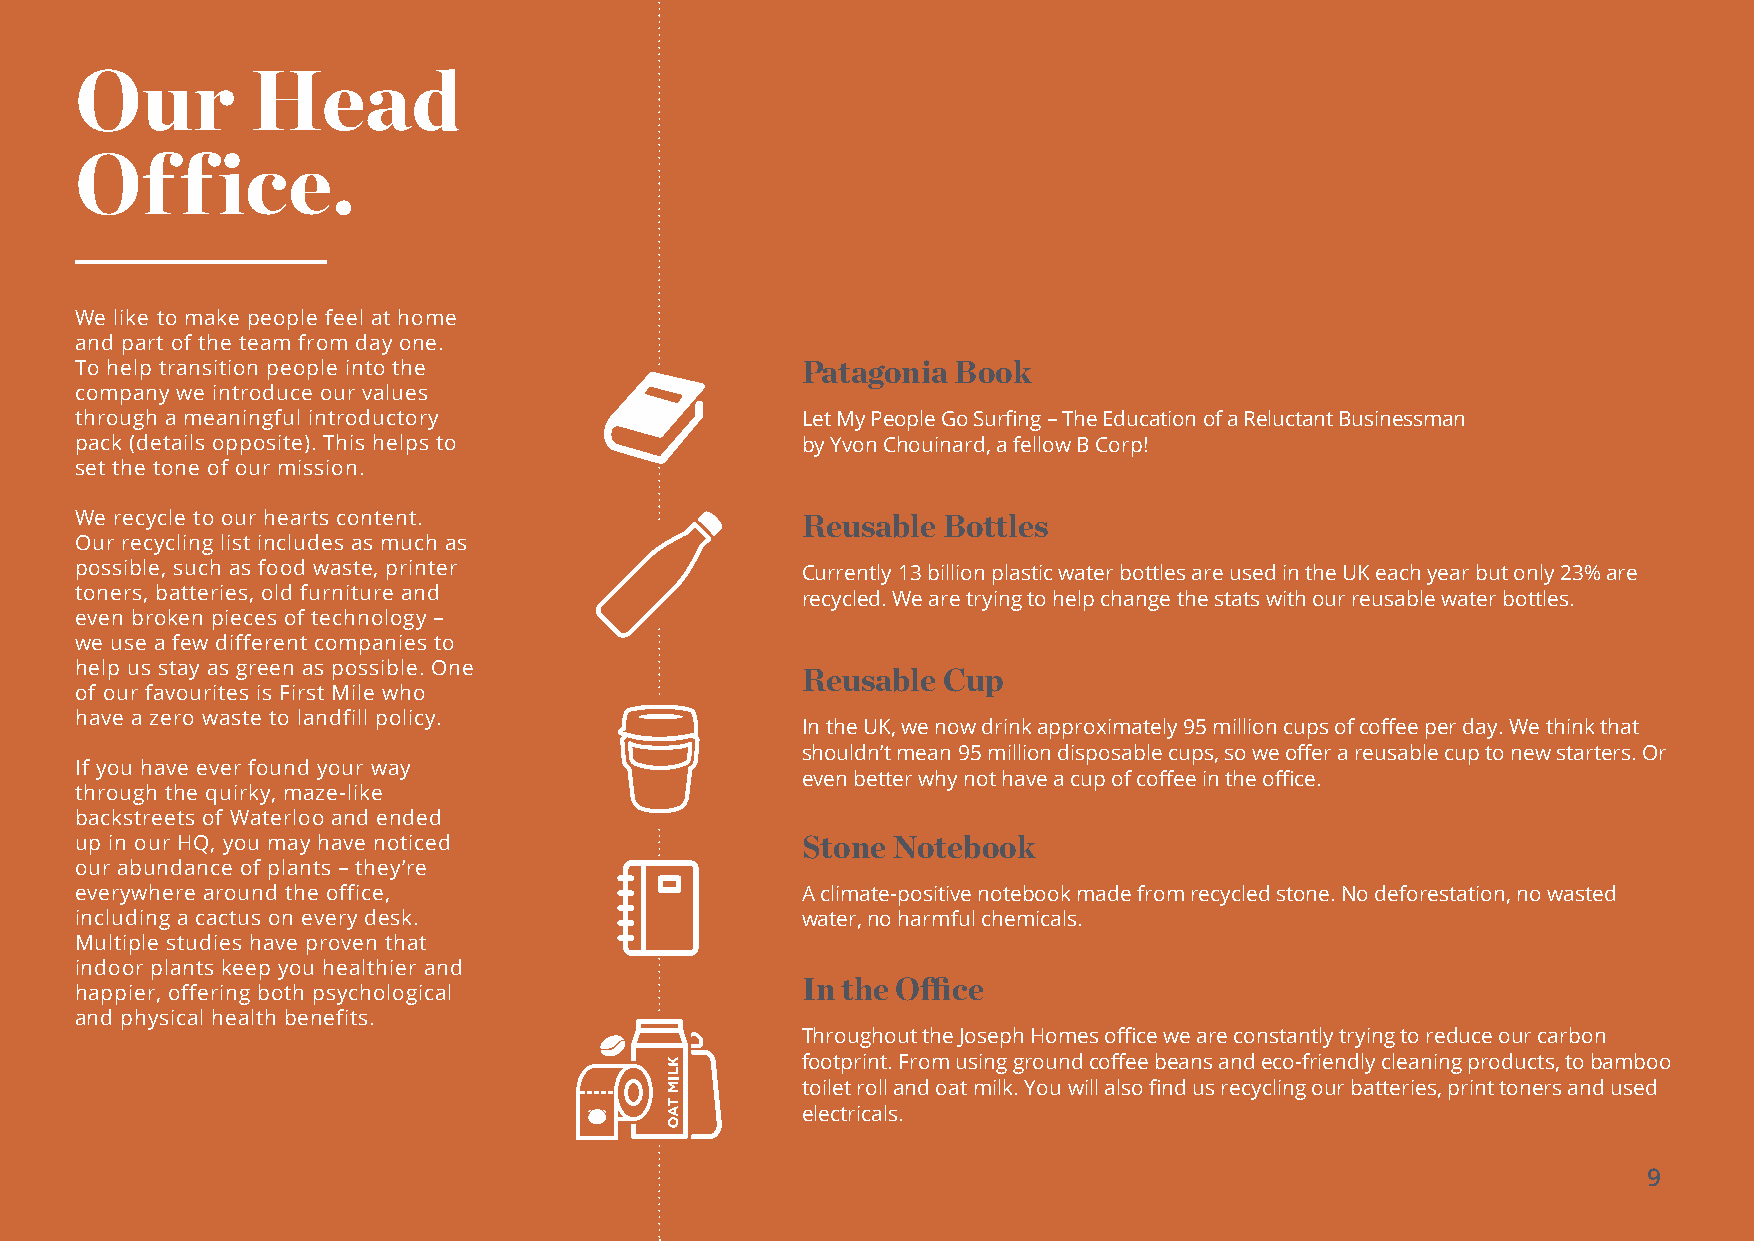
Our         Head
 Office.
 We like to make people feel at home
 and part of the team from day one.
 To help transition people into the              Patagonia Book
 company we introduce our values
 through a meaningful introductory               Let My People Go Surfing – The Education of a Reluctant Businessman
 pack (details opposite). This helps to          by Yvon Chouinard, a fellow B Corp!
 set the tone of our mission.
 We recycle to our hearts content.
 Reusable Bottles
 Our recycling list includes as much as
 possible, such as food waste, printer           Currently 13 billion plastic water bottles are used in the UK each year but only 23% are
 toners, batteries, old furniture and            recycled. We are trying to help change the stats with our reusable water bottles.
 even broken pieces of technology –
 we use a few different companies to
 help us stay as green as possible. One
 Reusable Cup
 of our favourites is First Mile who
 have a zero waste to landfill policy.
 In the UK, we now drink approximately 95 million cups of coffee per day. We think that
 shouldn’t mean 95 million disposable cups, so we offer a reusable cup to new starters. Or
 If you have ever found your way
 even better why not have a cup of coffee in the office.
 through the quirky, maze-like
 backstreets of Waterloo and ended
 up in our HQ, you may have noticed              Stone Notebook
 our abundance of plants – they’re
 everywhere around the office,                   A climate-positive notebook made from recycled stone. No deforestation, no wasted
 including a cactus on every desk.               water, no harmful chemicals.
 Multiple studies have proven that
 indoor plants keep you healthier and
 happier, offering both psychological            In the Office
 and physical health benefits.
 Throughout the Joseph Homes office we are constantly trying to reduce our carbon
 footprint. From using ground coffee beans and eco-friendly cleaning products, to bamboo
 toilet roll and oat milk. You will also find us recycling our batteries, print toners and used
 electricals.
 9